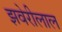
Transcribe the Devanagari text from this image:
झवेरीलाल